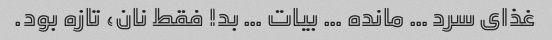
غذای سرد … مانده … بیات … بد! فقط نان، تازه بود.